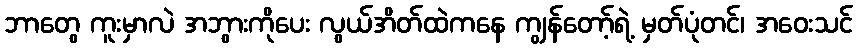
ဘာတွေ ကူးမှာလဲ အဘွားကိုပေး လွယ်အိတ်ထဲကနေ ကျွန်တော့်ရဲ့ မှတ်ပုံတင်၊ အဝေးသင်